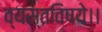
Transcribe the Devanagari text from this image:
व्यस्तविषये।।